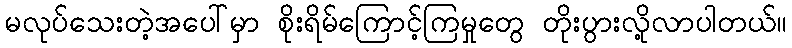
မလုပ်သေးတဲ့အပေါ်မှာ စိုးရိမ်ကြောင့်ကြမှုတွေ တိုးပွားလို့လာပါတယ်။